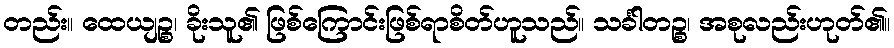
တည်း။ ထေယျဉ္စ၊ ခိုးသူ၏ ဖြစ်ကြောင်းဖြစ်ရာစိတ်ဟူသည်။ သင်္ခါတဉ္စ၊ အစုလည်းဟုတ်၏။